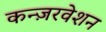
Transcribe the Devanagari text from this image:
कन्ज़रवेशन